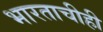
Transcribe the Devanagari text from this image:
भारताचीही